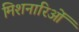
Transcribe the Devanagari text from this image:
मिशनारिओं